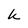
Character: k